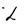
Character: L